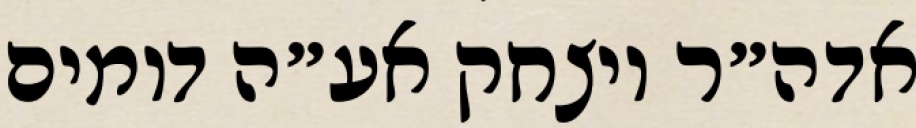
אדה״ר ויצחק אע״ה דומים